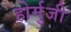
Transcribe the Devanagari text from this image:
होर्मुजी